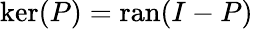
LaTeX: \ker(P)=\operatorname{ran}(I-P)